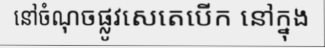
នៅចំណុចផ្លូវសេតេបើក នៅក្នុង